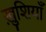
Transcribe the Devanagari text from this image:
ख़ुशियाँ